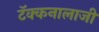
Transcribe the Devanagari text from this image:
टॅक्कनालाजी